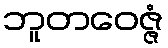
ဘူတဝေဇ္ဇံ